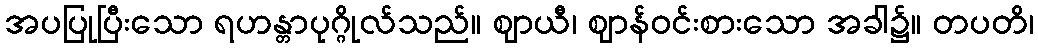
အပပြုပြီးသော ရဟန္တာပုဂ္ဂိုလ်သည်။ ဈာယီ၊ ဈာန်ဝင်းစားသော အခါ၌။ တပတိ၊